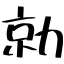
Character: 勍